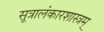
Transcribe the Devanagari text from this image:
सूत्रालंकारशास्त्रम्